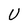
Character: U